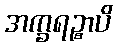
အက္ခရဉ္စာပိ